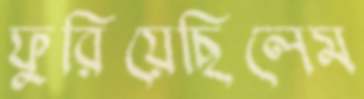
ফুরিয়েছিলেম